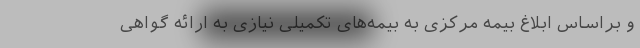
و براساس ابلاغ بیمه مرکزی به بیمه‌های تکمیلی نیازی به ارائه گواهی